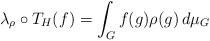
LaTeX: \begin{align*} \lambda_{\rho} \circ T_H (f) = \int_G f(g) \rho(g) \, d\mu_G \end{align*}